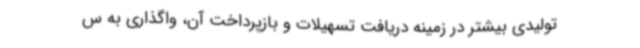
تولیدی بیشتر در زمینه دریافت تسهیلات و بازپرداخت آن، واگذاری به س